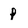
Character: p